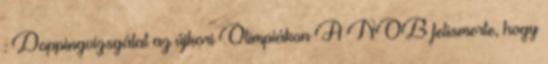
: Doppingvizsgálat az újkori Olimpiákon A NOB felismerte, hogy